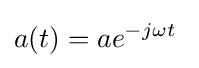
a(t)=ae^{-j\omega t}\